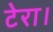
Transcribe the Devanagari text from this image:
टेरा।